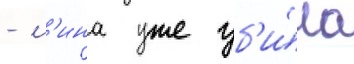
- л'ина уже уб'и́ла